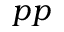
p p